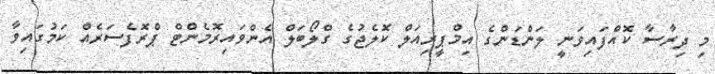
މި ދިރާސާ ކޮއްފައިވަނީ ލަންޑަންގެ އިމްޕީރިއަލް ކޮލެޖުގެ ގްލޯބަލް އެންވައިރޮމެންޓް ޕްރޮފެސަރެއް ކަމުގައިވާ